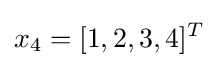
x_{4}=[1,2,3,4]^{T}